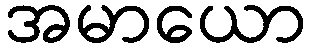
အမာယော